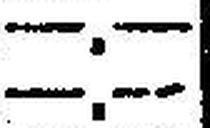
—.—